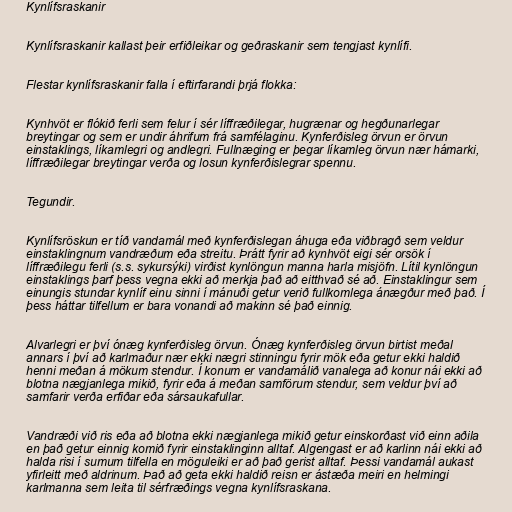
Kynlífsraskanir

Kynlífsraskanir kallast þeir erfiðleikar og geðraskanir sem tengjast kynlífi.

Flestar kynlífsraskanir falla í eftirfarandi þrjá flokka:

Kynhvöt er flókið ferli sem felur í sér líffræðilegar, hugrænar og hegðunarlegar
breytingar og sem er undir áhrifum frá samfélaginu. Kynferðisleg örvun er örvun
einstaklings, líkamlegri og andlegri. Fullnæging er þegar líkamleg örvun nær hámarki,
líffræðilegar breytingar verða og losun kynferðislegrar spennu.

Tegundir.

Kynlífsröskun er tíð vandamál með kynferðislegan áhuga eða viðbragð sem veldur
einstaklingnum vandræðum eða streitu. Þrátt fyrir að kynhvöt eigi sér orsök í
líffræðilegu ferli (s.s. sykursýki) virðist kynlöngun manna harla misjöfn. Lítil kynlöngun
einstaklings þarf þess vegna ekki að merkja það að eitthvað sé að. Einstaklingur sem
einungis stundar kynlíf einu sinni í mánuði getur verið fullkomlega ánægður með það. Í
þess háttar tilfellum er bara vonandi að makinn sé það einnig.

Alvarlegri er því ónæg kynferðisleg örvun. Ónæg kynferðisleg örvun birtist meðal
annars í því að karlmaður nær ekki nægri stinningu fyrir mök eða getur ekki haldið
henni meðan á mökum stendur. Í konum er vandamálið vanalega að konur nái ekki að
blotna nægjanlega mikið, fyrir eða á meðan samförum stendur, sem veldur því að
samfarir verða erfiðar eða sársaukafullar.

Vandræði við ris eða að blotna ekki nægjanlega mikið getur einskorðast við einn aðila
en það getur einnig komið fyrir einstaklinginn alltaf. Algengast er að karlinn nái ekki að
halda risi í sumum tilfella en möguleiki er að það gerist alltaf. Þessi vandamál aukast
yfirleitt með aldrinum. Það að geta ekki haldið reisn er ástæða meiri en helmingi
karlmanna sem leita til sérfræðings vegna kynlífsraskana.